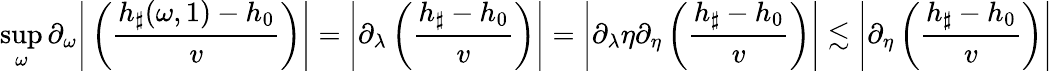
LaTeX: \operatorname*{sup}_{\omega}\partial_{\omega}\Bigg|\left(\frac{h_{\sharp}(\omega,1)-h_{0}}{v}\right)\Bigg|=\left|\partial_{\lambda}\left(\frac{h_{\sharp}-h_{0}}{v}\right)\right|=\left|\partial_{\lambda}\eta\partial_{\eta}\left(\frac{h_{\sharp}-h_{0}}{v}\right)\right|\lesssim\left|\partial_{\eta}\left(\frac{h_{\sharp}-h_{0}}{v}\right)\right|